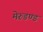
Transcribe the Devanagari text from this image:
मेरुडण्ड